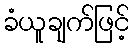
ခံယူချက်ဖြင့်